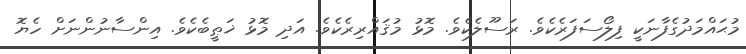
މުޙައްމަދުގެފާނަކީ ފިލޯސަފަރެކެވެ. ރަސޫލެކެވެ. މޮޅު މުޤައްރިރެކެވެ. އަދި މޮޅު ޚަޠީބެކެެވެ. އިންސާނުންނަށް ހެޔޮ